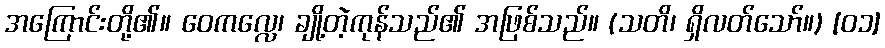
အကြောင်းတို့၏။ ဝေကလ္လေ၊ ချို့တဲ့ကုန်သည်၏ အဖြစ်သည်။ (သတိ၊ ရှိလတ်သော်။) [၀၁]